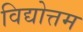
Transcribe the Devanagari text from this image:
विद्योत्तम